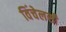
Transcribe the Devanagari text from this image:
विंचेलसी